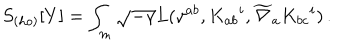
LaTeX: S _ { ( h o ) } [ Y ] = \int _ { m } \sqrt { - \gamma } L ( \gamma ^ { a b } , K _ { a b } { } ^ { i } , \widetilde \nabla _ { a } K _ { b c } { } ^ { i } ) \, .